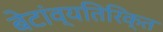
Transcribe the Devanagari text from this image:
बेटांव्यतिरिक्त